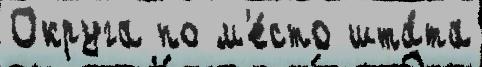
Округа по м'е́сто шта́та